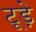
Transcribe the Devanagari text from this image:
टूड़े